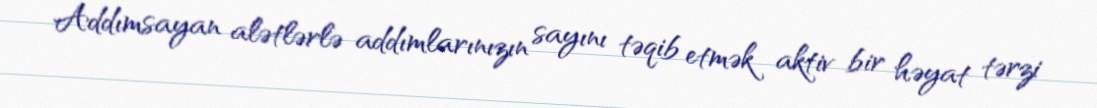
Addımsayan alətlərlə addımlarınızın sayını təqib etmək aktiv bir həyat tərzi